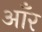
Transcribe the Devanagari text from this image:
आँर